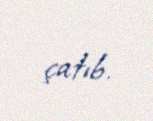
çatıb.